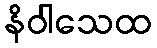
နိဝါသေထ